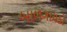
બાળગાયકો